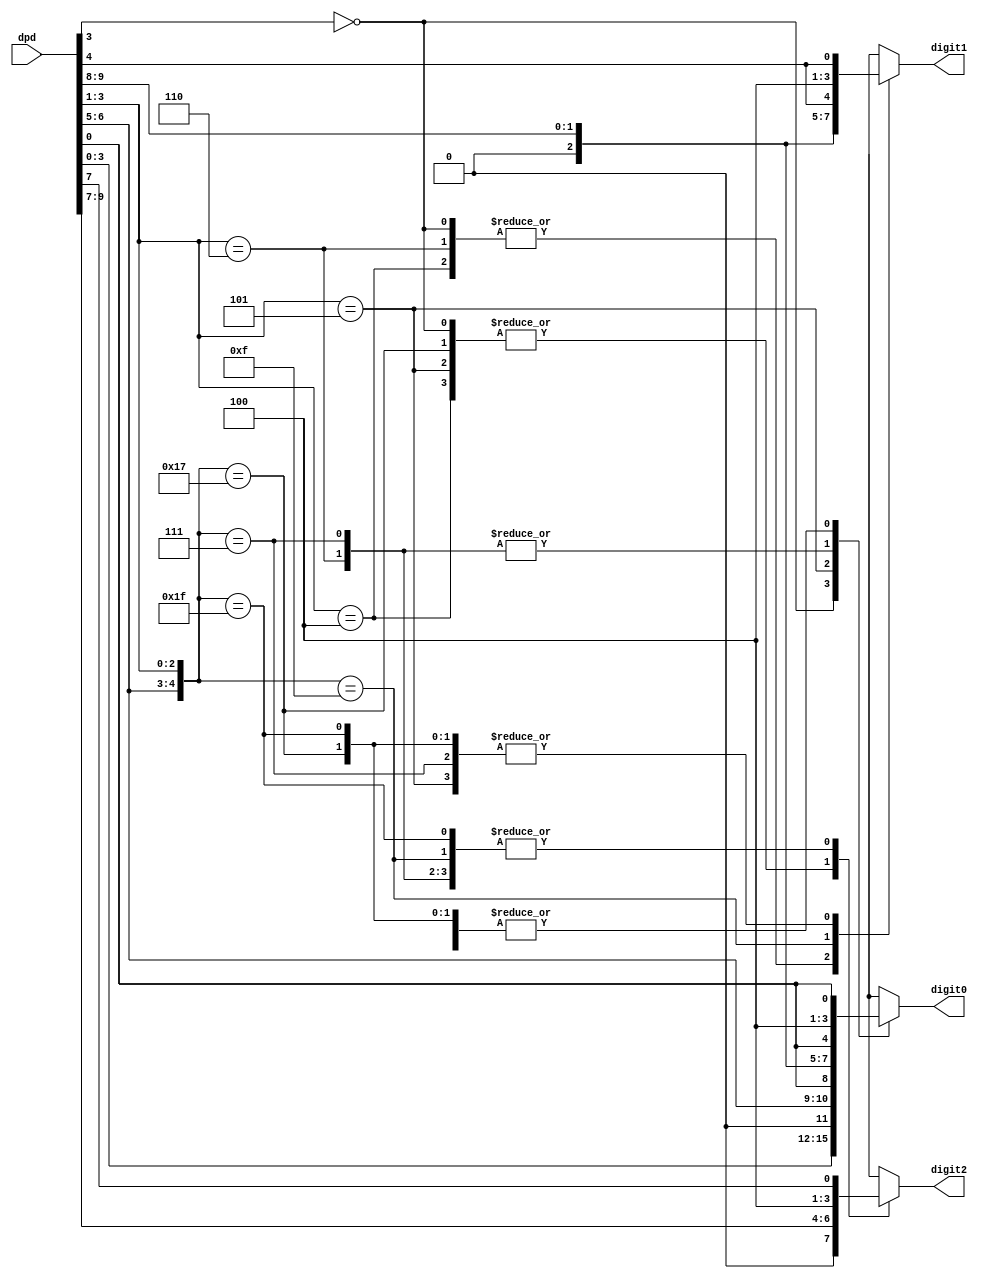
// Encoder/Decoder for Dense Packed Decimal

// Decode 3 dense pack digits into 3 BCD digits
// if error BCD=FFF which is, of course, illegal

// We assume the synthesis tool is good enough
// to relize that dpd[0] always goes to digit0[0]
// dpd[4] and dpd[7] go to digit 1 & 2 [0] also

module dpddecode(input [9:0] dpd, output reg [3:0] digit2, output reg [3:0] digit1, output reg [3:0] digit0);
 always @(*)
 begin
    casez ({dpd[6:5],dpd[3:1]})
      5'b??0??: // 000 case
        begin
  	  digit2={1'b0,dpd[9:7]};
  	  digit1={1'b0,dpd[6:4]};
	  digit0=dpd[3:0];  // note dpd3 must be zero!
	end
      5'b??100:  // 001 case
      begin	
	digit2={1'b0,dpd[9:7]};
	digit1={1'b0,dpd[6:4]};
	digit0={3'b100,dpd[0]};
      end
      5'b??101:  // 010 case
      begin	
	digit2={1'b0,dpd[9:7]};
	digit1={3'b100,dpd[4]};
	digit0={1'b0,dpd[6:5],dpd[0]};
      end
      5'b??110:  // 100 case
      begin	
	digit2={3'b100,dpd[7]};
	digit1={1'b0,dpd[6:4]};
	digit0={1'b0,dpd[9:8],dpd[0]};
      end
      
      5'b00111:   // 110 case
      begin	
	digit2={3'b100,dpd[7]};
	digit1={3'b100,dpd[4]};
	digit0={1'b0,dpd[9:8],dpd[0]};
      end
      5'b01111:   // 101 case
      begin	
	digit2={3'b100,dpd[7]};
	digit1={1'b0,dpd[9:8],dpd[4]};
	digit0={3'b100,dpd[0]};
      end

      5'b10111:  // 011 case
      begin	
	digit2={1'b0,dpd[9:7]};
	digit1={3'b100,dpd[4]};
	digit0={3'b100,dpd[0]};
      end
      5'b11111:  // 111 case
      begin
         digit2={3'b100,dpd[7]};
	 digit1={3'b100,dpd[4]};
	 digit0={3'b100,dpd[0]};
      end
      default:  // catch all just in case
        begin
        digit2=4'b1111;
        digit1=4'b1111;
        digit0=4'b1111;
        end
    endcase
 end
 
endmodule



module dpdencode(input [3:0] digit2, input [3:0] digit1,
                 input [3:0] digit0, output reg [9:0] dpd);
  
  
// Note that we hope the synth tool figures out that digit2[0] is always dpd[0],
// digit1[0] is always dpd[4], and digit2[0] is always dpd[7]
// If you were really worried about space, you could verify that and recode if it
// doesn't. But you'd think it should
  
  always @(*)
    begin
      case ({digit2[3],digit1[3],digit0[3]})
        3'b000:
          dpd={digit2[2:0],digit1[2:0],1'b0,digit0[2:0]};
        3'b001:
          dpd={digit2[2:0],digit1[2:0],3'b100,digit0[0]};
        3'b010:
          dpd={digit2[2:0],digit0[2:1],digit1[0],3'b101,digit0[0]};
        3'b100:
          dpd={digit0[2:1],digit2[0],digit1[2:0],3'b110,digit0[0]};
        3'b110:
   	  dpd={digit0[2:1],digit2[0],2'b00,digit1[0],3'b111,digit0[0]};
	3'b101:
	  dpd={digit1[2:1],digit2[0],2'b01,digit1[0],3'b111,digit0[0]};
	3'b011:
	  dpd={digit2[2:0], 2'b10,digit1[0],3'b111,digit0[0]};
	3'b111:
	  dpd={2'b00,digit2[0],2'b11,digit1[0],3'b111,digit0[0]};
          endcase
    end
  
  
endmodule // dpdencode